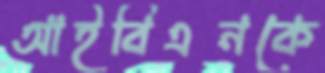
আইবিএনকে